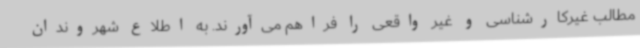
مطالب غیرکارشناسی و غیر واقعی را فراهم می‌آورند. به اطلاع شهروندان